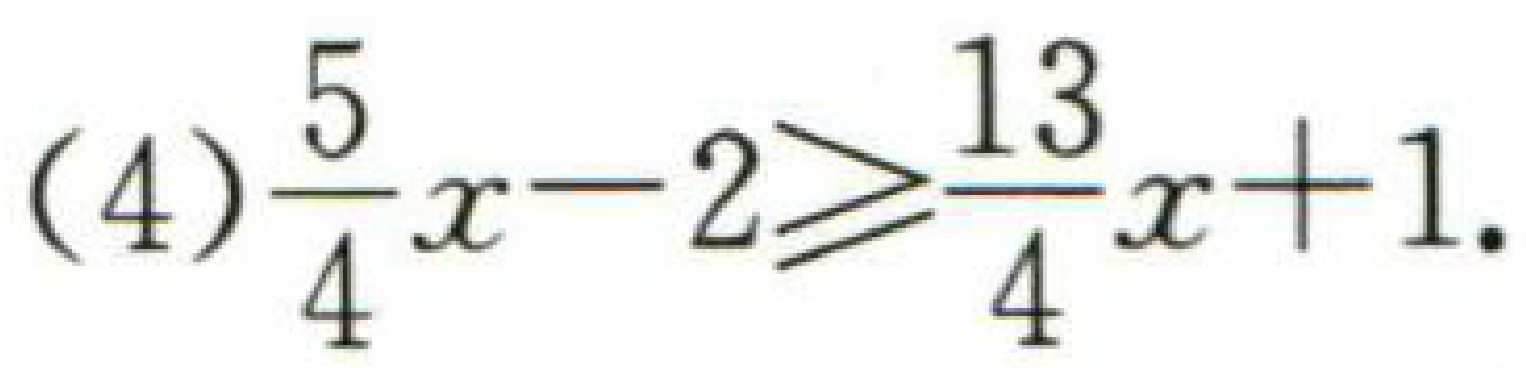
(4) \(\dfrac{5}{4}x - 2\geqslant\dfrac{13}{4}x + 1\).